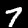
Label: 7